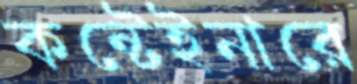
কন্টেইনারে